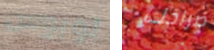
لوبوس صراخك